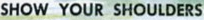
SHOW YOUR SHOULDERS